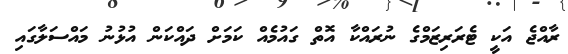
ރާއްޖެ އަކީ ޓެރަރިޒަމްގެ ނުރައްކާ އޮތް ގައުމެއް ކަމަށް ދައްކަން އުޅުނު މައްސަލާގައި